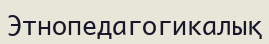
Этнопедагогикалық